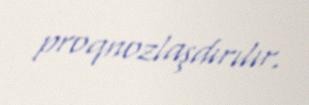
proqnozlaşdırılır.